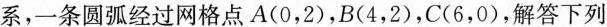
系，一条圆弧经过网格点A(0，2)，B(4，2)，C(6，0)，解答下列